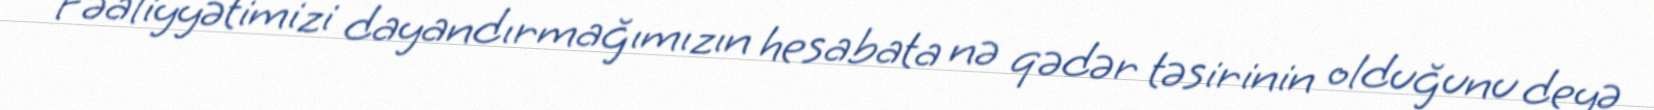
“Fəaliyyətimizi dayandırmağımızın hesabata nə qədər təsirinin olduğunu deyə